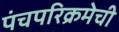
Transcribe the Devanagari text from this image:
पंचपरिक्रमेची